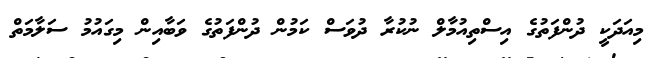
މިއަދަކީ ދުންފަތުގެ އިސްތިއުމާލް ނުކުރާ ދުވަސް ކަމުން ދުންފަތުގެ ވަބާއިން މިގައުމު ސަލާމަތް